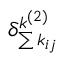
\delta _ { \sum { k _ { i j } } } ^ { k ^ { ( 2 ) } }